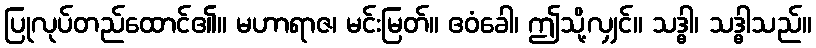
ပြုလုပ်တည်ထောင်၏။ မဟာရာဇ၊ မင်းမြတ်။ ဧဝံခေါ၊ ဤသို့လျှင်။ သဒ္ဓါ၊ သဒ္ဓါသည်။